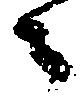
々